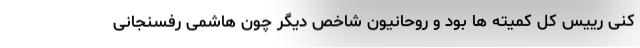
کنی رییس کل کمیته ها بود و روحانیون شاخص دیگر چون هاشمی رفسنجانی